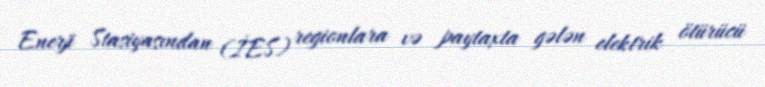
Enerji Stasiyasından (İES) regionlara və paytaxta gələn elektrik ötürücü